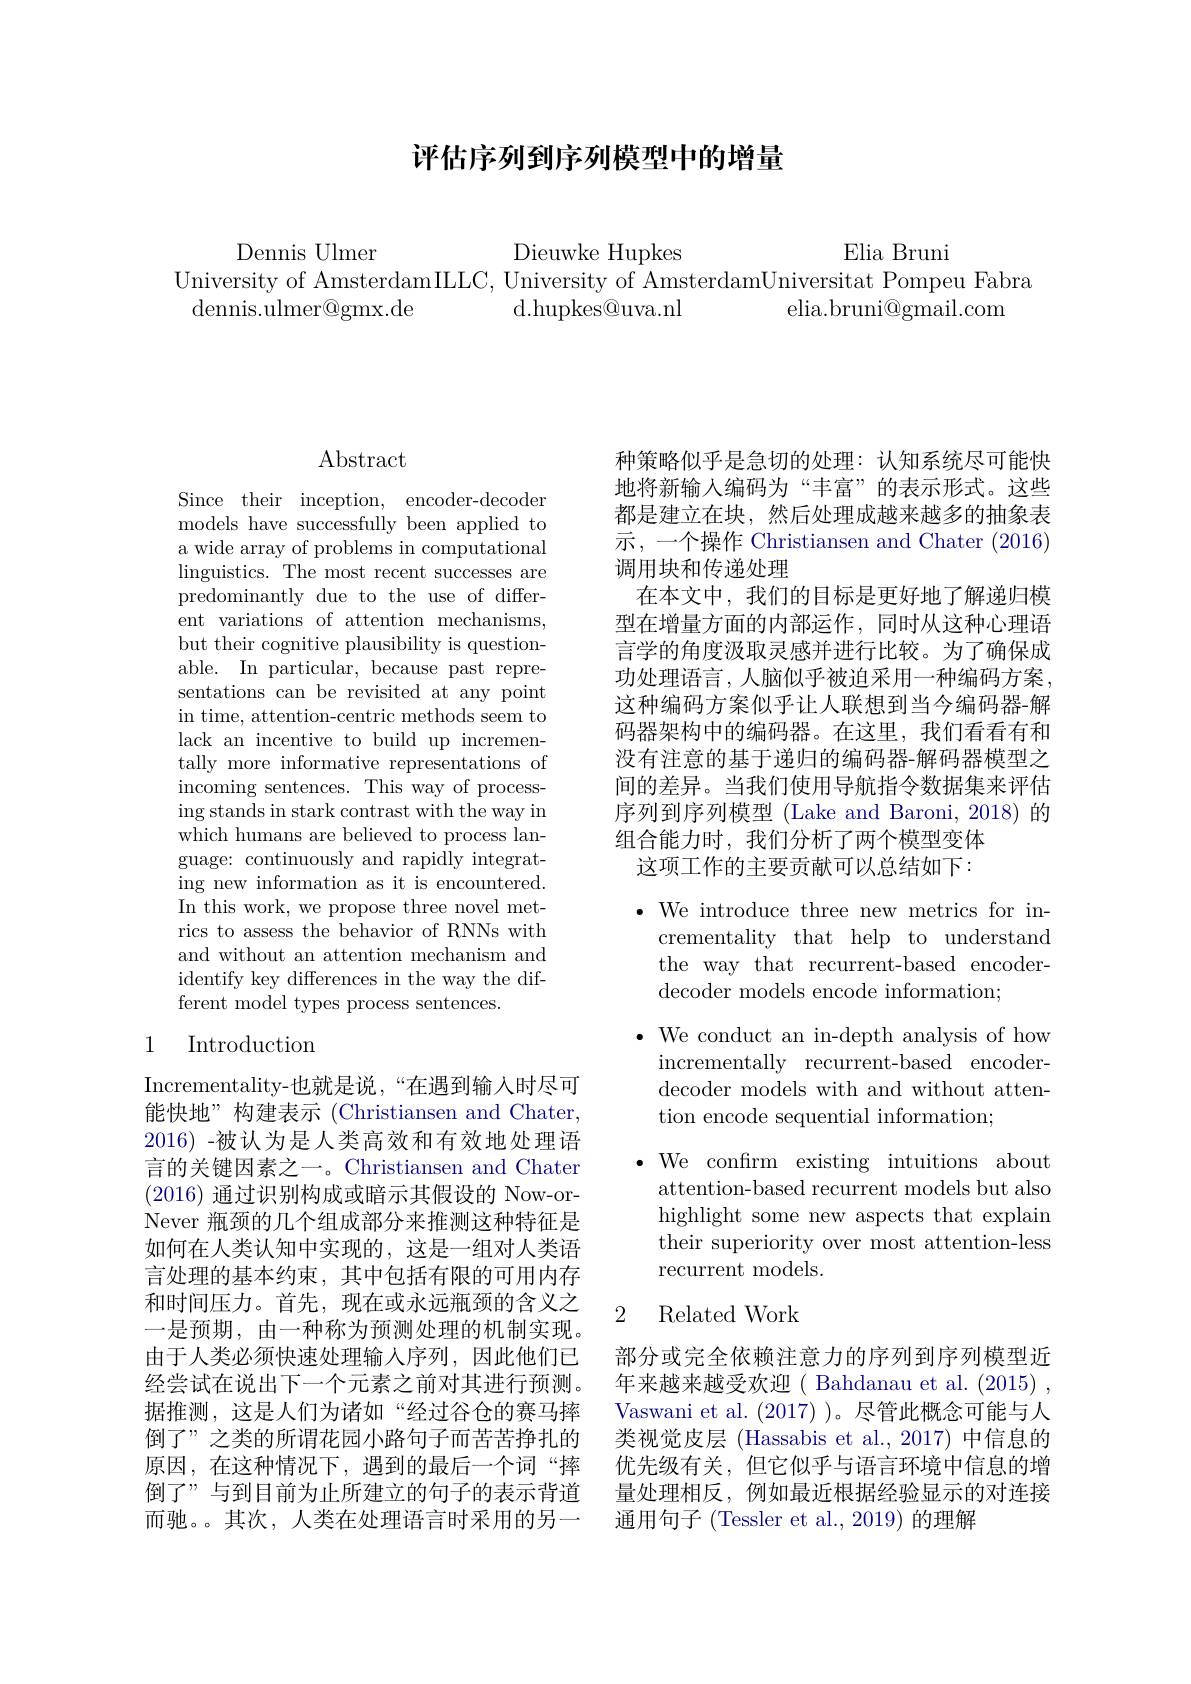
## 评估序列到序列模型中的增量

Dennis Ulmer
Dieuwke Hupkes
Elia Bruni
University of AmsterdamILLC, University of AmsterdamUniversitat Pompeu Fabra
dennis.ulmer@gmx.de
d.hupkes@uva.nl
elia.bruni@gmail.com

Abstract

Since their inception, encoder-decoder models have successfully been applied to a wide array of problems in computational linguistics. The most recent successes are predominantly due to the use of different variations of attention mechanisms, but their cognitive plausibility is questionable. In particular, because past representations can be revisited at any point in time, attention-centric methods seem to lack an incentive to build up incrementally more informative representations of incoming sentences. This way of processing stands in stark contrast with the way in which humans are believed to process language: continuously and rapidly integrating new information as it is encountered. In this work, we propose three novel metrics to assess the behavior of RNNs with and without an attention mechanism and identify key differences in the way the different model types process sentences.

## 1 Introduction

Incrementality-也就是说，“在遇到输入时尽可能快地”构建表示 (Christiansen and Chater, 2016) -被认为是人类高效和有效地处理语言的关键因素之一。Christiansen and Chater (2016)通过识别构成或暗示其假设的 Now-orNever 瓶颈的几个组成部分来推测这种特征是如何在人类认知中实现的，这是一组对人类语言处理的基本约束，其中包括有限的可用内存和时间压力。首先，现在或永远瓶颈的含义之一是预期，由一种称为预测处理的机制实现。由于人类必须快速处理输入序列，因此他们已经尝试在说出下一个元素之前对其进行预测。据推测，这是人们为诸如“经过谷仓的赛马摔倒了”之类的所谓花园小路句子而苦苦挣扎的原因，在这种情况下，遇到的最后一个词“摔倒了”与到目前为止所建立的句子的表示背道而驰。。其次，人类在处理语言时采用的另一

种策略似乎是急切的处理：认知系统尽可能快地将新输入编码为“丰富”的表示形式。这些都是建立在块，然后处理成越来越多的抽象表示，一个操作 Christiansen and Chater (2016) 调用块和传递处理
在本文中，我们的目标是更好地了解递归模型在增量方面的内部运作，同时从这种心理语言学的角度汲取灵感并进行比较。为了确保成功处理语言，人脑似乎被迫采用一种编码方案， 这种编码方案似乎让人联想到当今编码器-解码器架构中的编码器。在这里，我们看看有和没有注意的基于递归的编码器-解码器模型之间的差异。当我们使用导航指令数据集来评估序列到序列模型 (Lake and Baroni, 2018) 的组合能力时，我们分析了两个模型变体
这项工作的主要贡献可以总结如下：

$\bullet$ We introduce three new metrics for in-

crementality that help to understand

the way that recurrent-based encoder-

decoder models encode information;

$\bullet$ We conduct an in-depth analysis of how

incrementally recurrent-based encoder-

decoder models with and without atten-

tion encode sequential information;

$\bullet$ We confirm existing intuitions about
attention-based recurrent models but also highlight some new aspects that explain their superiority over most attention-less recurrent models.

### 2 Related Work

部分或完全依赖注意力的序列到序列模型近年来越来越受欢迎( Bahdanau et al. (2015) , Vaswani et al. (2017) )。尽管此概念可能与人类视觉皮层 (Hassabis et al.,2017) 中信息的优先级有关，但它似乎与语言环境中信息的增量处理相反，例如最近根据经验显示的对连接通用句子(Tessler et al., 2019) 的理解